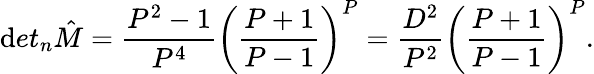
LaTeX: \mathrm{d}et_{n}{\hat{{M}}}=\frac{{P^{2}-1}}{{P^{4}}}\bigg(\frac{{P+1}}{{P-1}}\bigg)^{P}=\frac{{D^{2}}}{{P^{2}}}\bigg(\frac{{P+1}}{{P-1}}\bigg)^{P}.